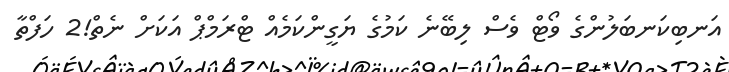
އަނބިކަނބަލުންގެ ވޯޓް ވެސް ލިބޭނެ ކަމުގެ ޔަގީންކަމެއް ޓްރަމްޕް އަކަށް ނެތް!2 ހަފްތާ